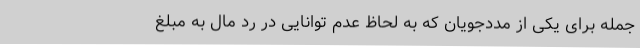
جمله برای یکی از مددجویان که به لحاظ عدم توانایی در رد مال به مبلغ